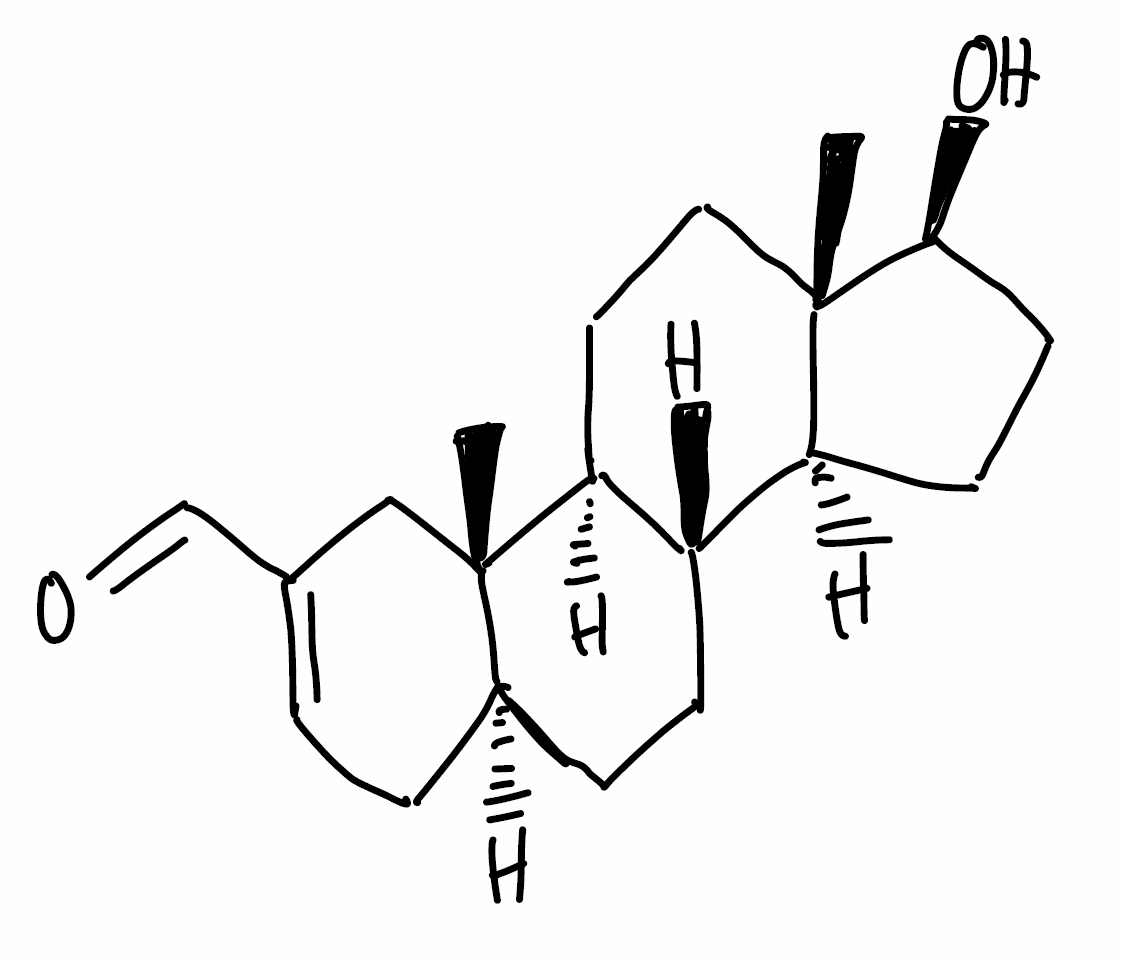
Simplified molecular-input line-entry system (SMILES) notation of the given molecule:
C[C@]12CC[C@H]3[C@H]([C@@H]1CC[C@@H]2O)CC[C@@H]4[C@@]3(CC(=CC4)C=O)C